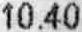
10.40